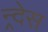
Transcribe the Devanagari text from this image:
न्र्देस